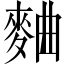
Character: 麯